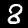
Label: 8